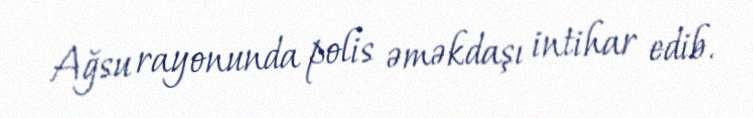
Ağsu rayonunda polis əməkdaşı intihar edib.